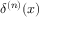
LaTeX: \delta ^ { ( n ) } ( x )